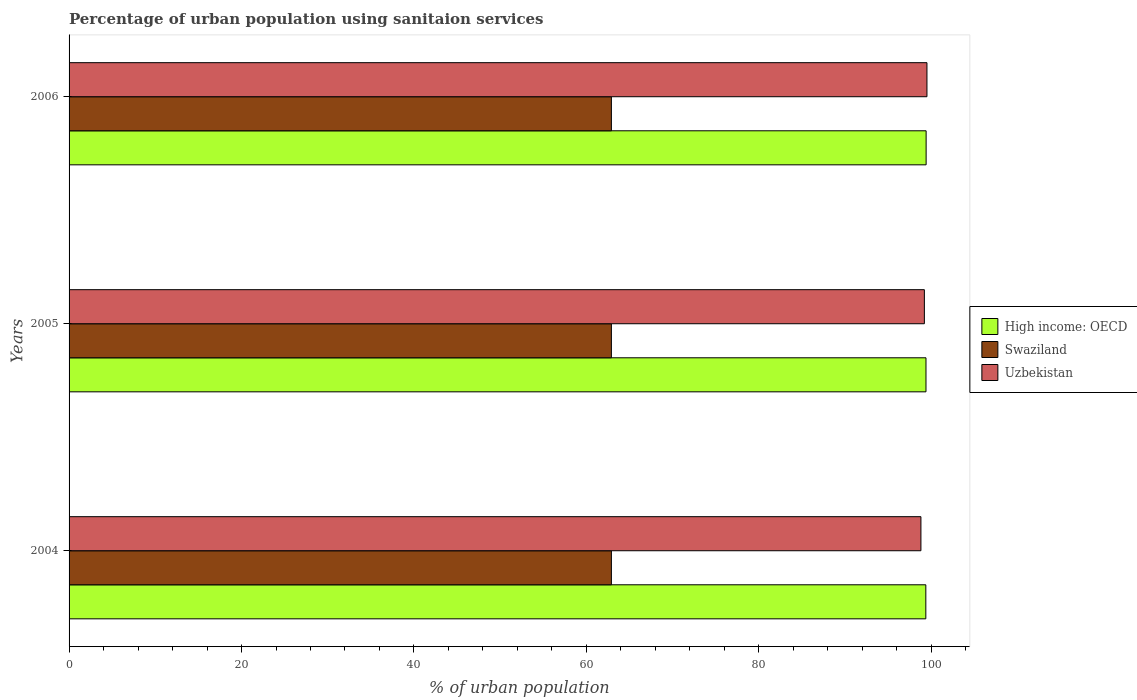
| Years | High income: OECD | Swaziland | Uzbekistan |
 | --- | --- | --- | --- |
 | 2004 | 99.4 | 62.9 | 98.8 |
 | 2005 | 99.4 | 62.9 | 99.2 |
 | 2006 | 99.4 | 62.9 | 99.5 |